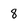
Character: 8